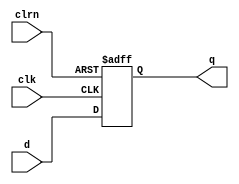
// dff with synchronous reset (to clk)

module dff (d, clk, clrn, q);
	
	input d, clk, clrn;
	output reg q;
	
	
/*
	//positive edge
	always @(posedge clk) begin
		if (!clrn) 	q <= 0;
		else		q <= d;
	end
*/
	
	//negative edge
	always @(posedge clk or negedge clrn) begin
		if (!clrn) 	q <= 0;
		else		q <= d;
	end
	
endmodule